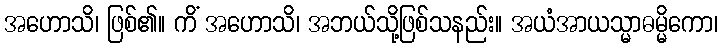
အဟောသိ၊ ဖြစ်၏။ ကိံ အဟောသိ၊ အဘယ်သို့ဖြစ်သနည်း။ အယံအာယသ္မာဓမ္မိကော၊